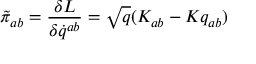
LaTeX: \tilde { \pi } _ { a b } = { \frac { \delta L } { \delta \dot { q } ^ { a b } } } = \sqrt { q } ( K _ { a b } - K q _ { a b } )